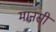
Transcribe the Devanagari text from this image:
मानसीं